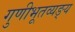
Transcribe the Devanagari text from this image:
गुणीभूतव्यङ्य